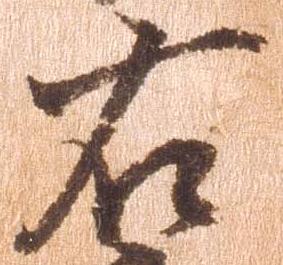
右